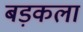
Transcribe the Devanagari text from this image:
बड़कला